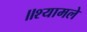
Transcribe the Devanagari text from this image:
॥श्यामले